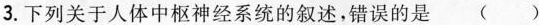
3.下列关于人体中枢神经系统的叙述，错误的是（）